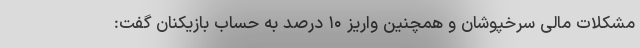
مشکلات مالی سرخپوشان و همچنین واریز ۱۰ درصد به حساب بازیکنان گفت: